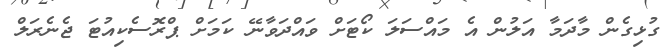
ގުޅިގެން މާދަމާ އަލުން އެ މައްސަލަ ކޯޓަށް ވައްދަވާނޭ ކަަމަށް ޕްރޮސެކިއުޓަ ޖެނެރަލް